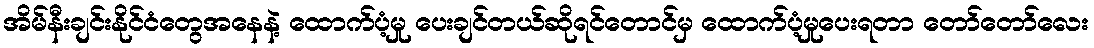
အိမ်နီးချင်းနိုင်ငံတွေအနေနဲ့ ထောက်ပံ့မှု ပေးချင်တယ်ဆိုရင်တောင်မှ ထောက်ပံ့မှုပေးရတာ တော်တော်လေး